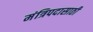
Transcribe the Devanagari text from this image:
मंत्रिपदासाठी